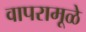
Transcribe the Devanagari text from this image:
वापरामूळे